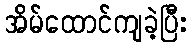
အိမ်ထောင်ကျခဲ့ပြီး